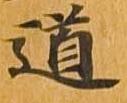
道